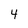
Character: 4